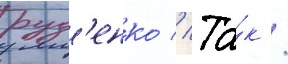
руд'енко // Та́к /